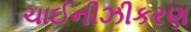
ચાઈનીઝીકરણ